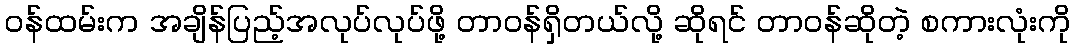
ဝန်ထမ်းက အချိန်ပြည့်အလုပ်လုပ်ဖို့ တာဝန်ရှိတယ်လို့ ဆိုရင် တာဝန်ဆိုတဲ့ စကားလုံးကို